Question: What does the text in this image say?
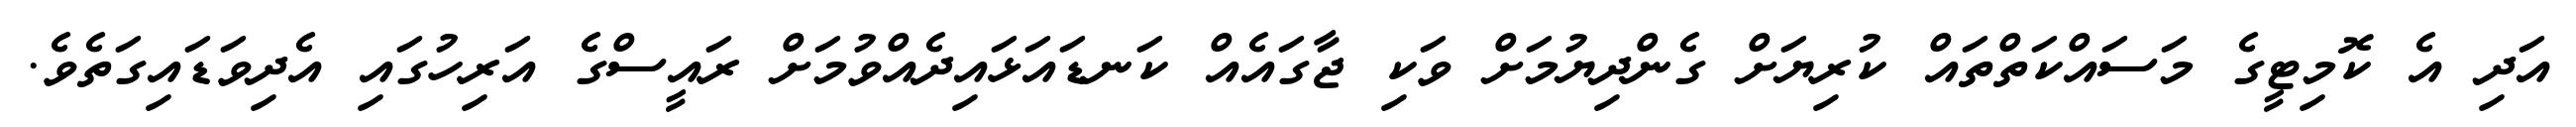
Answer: އަދި އެ ކޮމިޓީގެ މަސައްކަތްތައް ކުރިޔަށް ގެންދިޔުމަށް ވަކި ޖާގައެއް ކަނޑައަޅައިދެއްވުމަށް ރައީސްގެ އަރިހުގައި އެދިވަޑައިގަތެވެ.